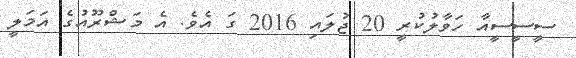
ސީސީސީއާ ހަވާލުކުރީ 20 ޖުލައި 2016 ގަ އެވެ. އެ މަޝްރޫއުގެ އަމަލީ